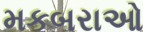
મકબરાઓ